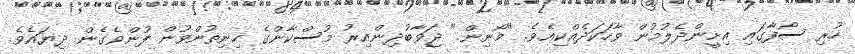
ހުރި ސޯފާގައި އިށީންދެލުމުން ވާހަކަދެއްކިއެވެ. "މޯނިން." ޖަވާބުދިންއިރު މުސްކާންގެ ހިނިތުންވުން ފުންވެގެން ދިޔައެވެ.